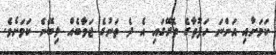
ކަމަށާއި އަންނަ ހަފުތާގެ ތެރޭގައި އެ ދެ ތަނުގެ ޖަވާބެއް ލިބޭނެ ކަމަށެވެ.